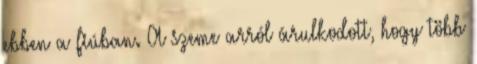
ebben a fiúban. A szeme arról árulkodott, hogy több